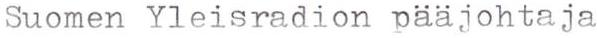
Suomen Yleisradion pääjohtaja